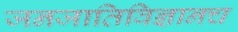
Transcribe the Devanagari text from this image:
जनजातिविज्ञानच